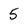
Character: 5